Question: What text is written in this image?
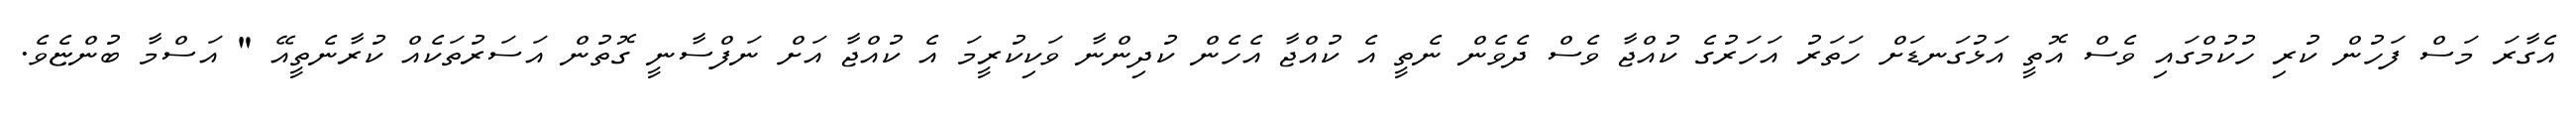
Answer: އެގާރަ މަސް ފަހުން ކުރި ހުކުމްގައި ވެސް އޮތީ އަޅުގަނޑަށް ހަތަރު އަހަރުގެ ކުއްޖާ ވެސް ދެވެން ނެތީ އެ ކުއްޖާ އެހެން ކުދިންނާ ވަކިކުރީމަ އެ ކުއްޖާ އަށް ނަފްސާނީ ގޮތުން އަސަރުތަކެއް ކުރާނެތީއޭ " އަސްމާ ބުންޏެވެ.